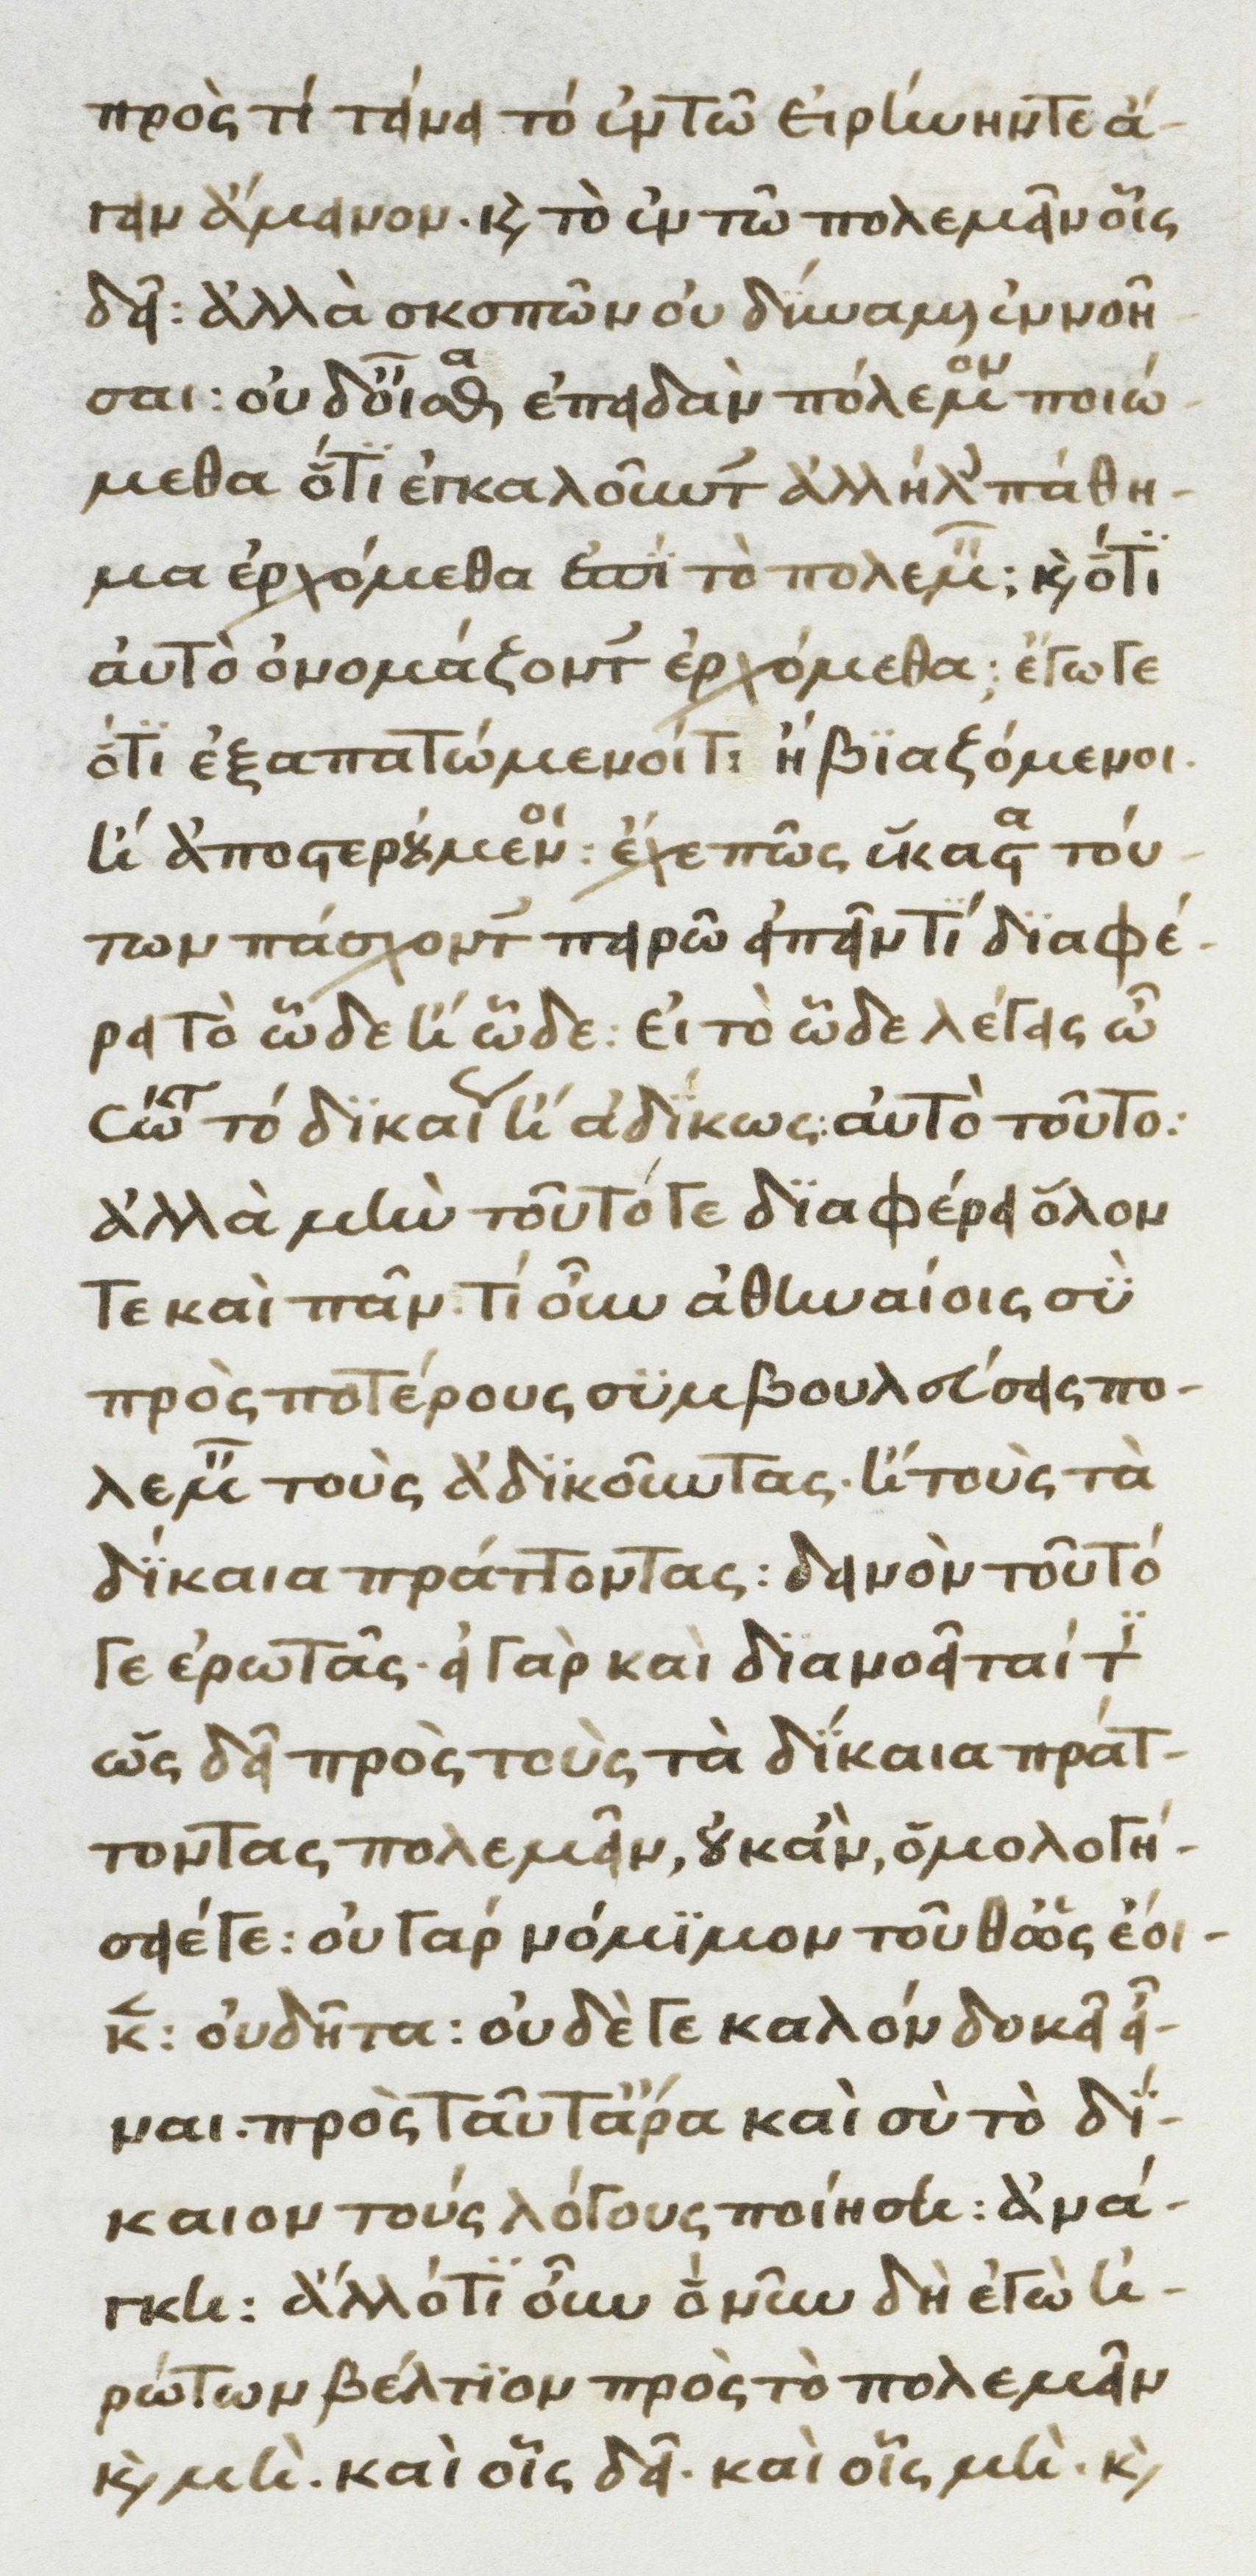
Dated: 1370–1430